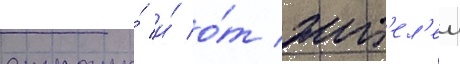
страны́ и́ о́т жит'ел'еи